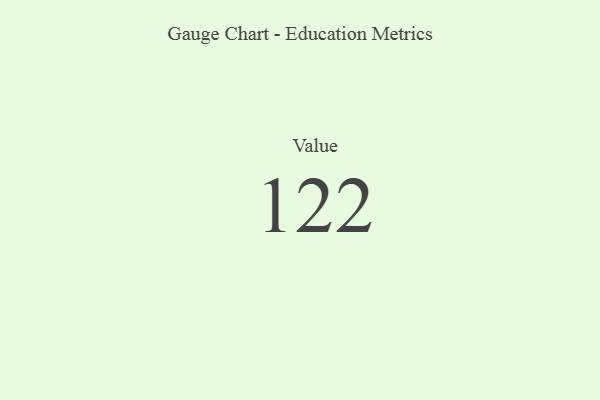
{"axis": {"x": "Metric", "y": "Value"}, "legend": [""], "data": [{"x": "Value", "y": 122, "type": ""}]}